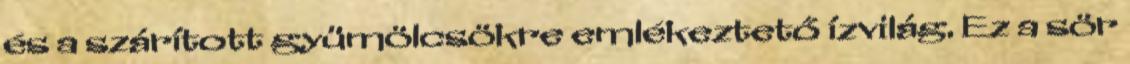
és a szárított gyümölcsökre emlékeztető ízvilág. Ez a sör